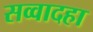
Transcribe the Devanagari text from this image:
सव्वादहा